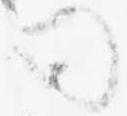
司